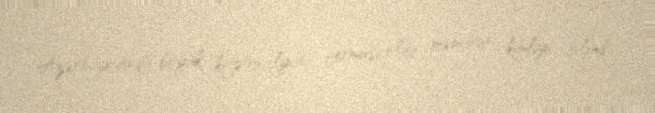
Azərbaycanda böyük kriptovalyuta ferması olan məmurun kimliyi bilindi